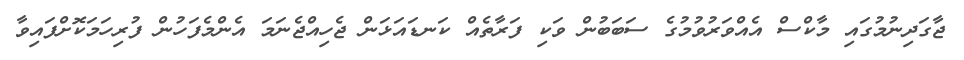
ޖާގަދިނުމުގައި މާކްސް އެއްވަރުވުމުގެ ސަބަބުން ވަކި ފަރާތެއް ކަނޑައަޅަން ޖެހިއްޖެނަމަ އެންމެފަހުން ފުރިހަމަކޮށްފައިވާ